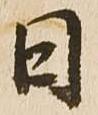
日